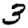
Digit: 3